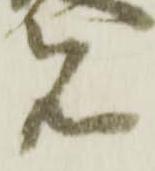
見